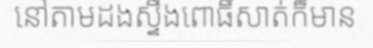
នៅតាមដងស្ទឹងពោធិ៍សាត់ក៏មាន